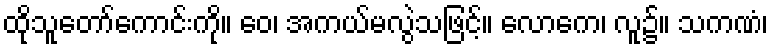
ထိုသူတော်ကောင်းကို။ ဝေ၊ အကယ်မလွဲသဖြင့်။ လောကေ၊ လူ၌။ သကဏံ၊